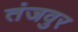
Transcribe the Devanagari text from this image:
तंजवुर